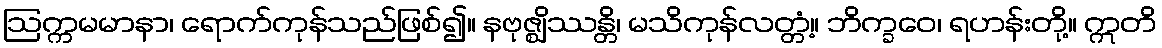
ဩက္ကမမာနာ၊ ရောက်ကုန်သည်ဖြစ်၍။ နဗုဇ္ဈိဿန္တိ၊ မသိကုန်လတ္တံ့။ ဘိက္ခဝေ၊ ရဟန်းတို့။ ဣတိ